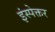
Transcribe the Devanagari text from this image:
इंस्पेक्तर